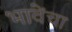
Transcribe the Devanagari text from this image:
भावेंचा